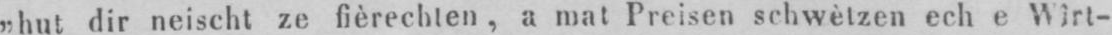
„hut dir neischt ze fièrechten, a mat Preisen schwètzen ech e Wîrt-